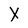
Character: X